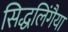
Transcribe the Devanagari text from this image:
सिद्धलिंगैया